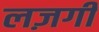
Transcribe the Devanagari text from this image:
लज़गी